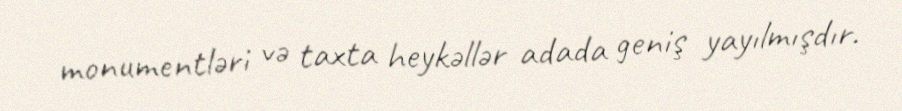
monumentləri və taxta heykəllər adada geniş yayılmışdır.